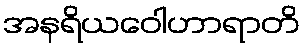
အနရိယဝေါဟာရာတိ